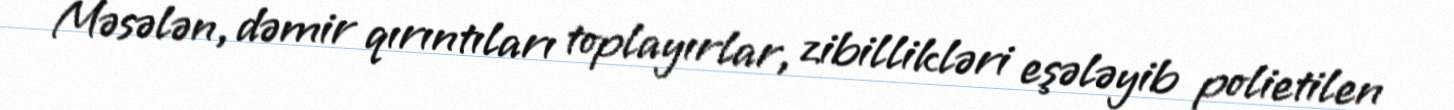
Məsələn, dəmir qırıntıları toplayırlar, zibillikləri eşələyib polietilen